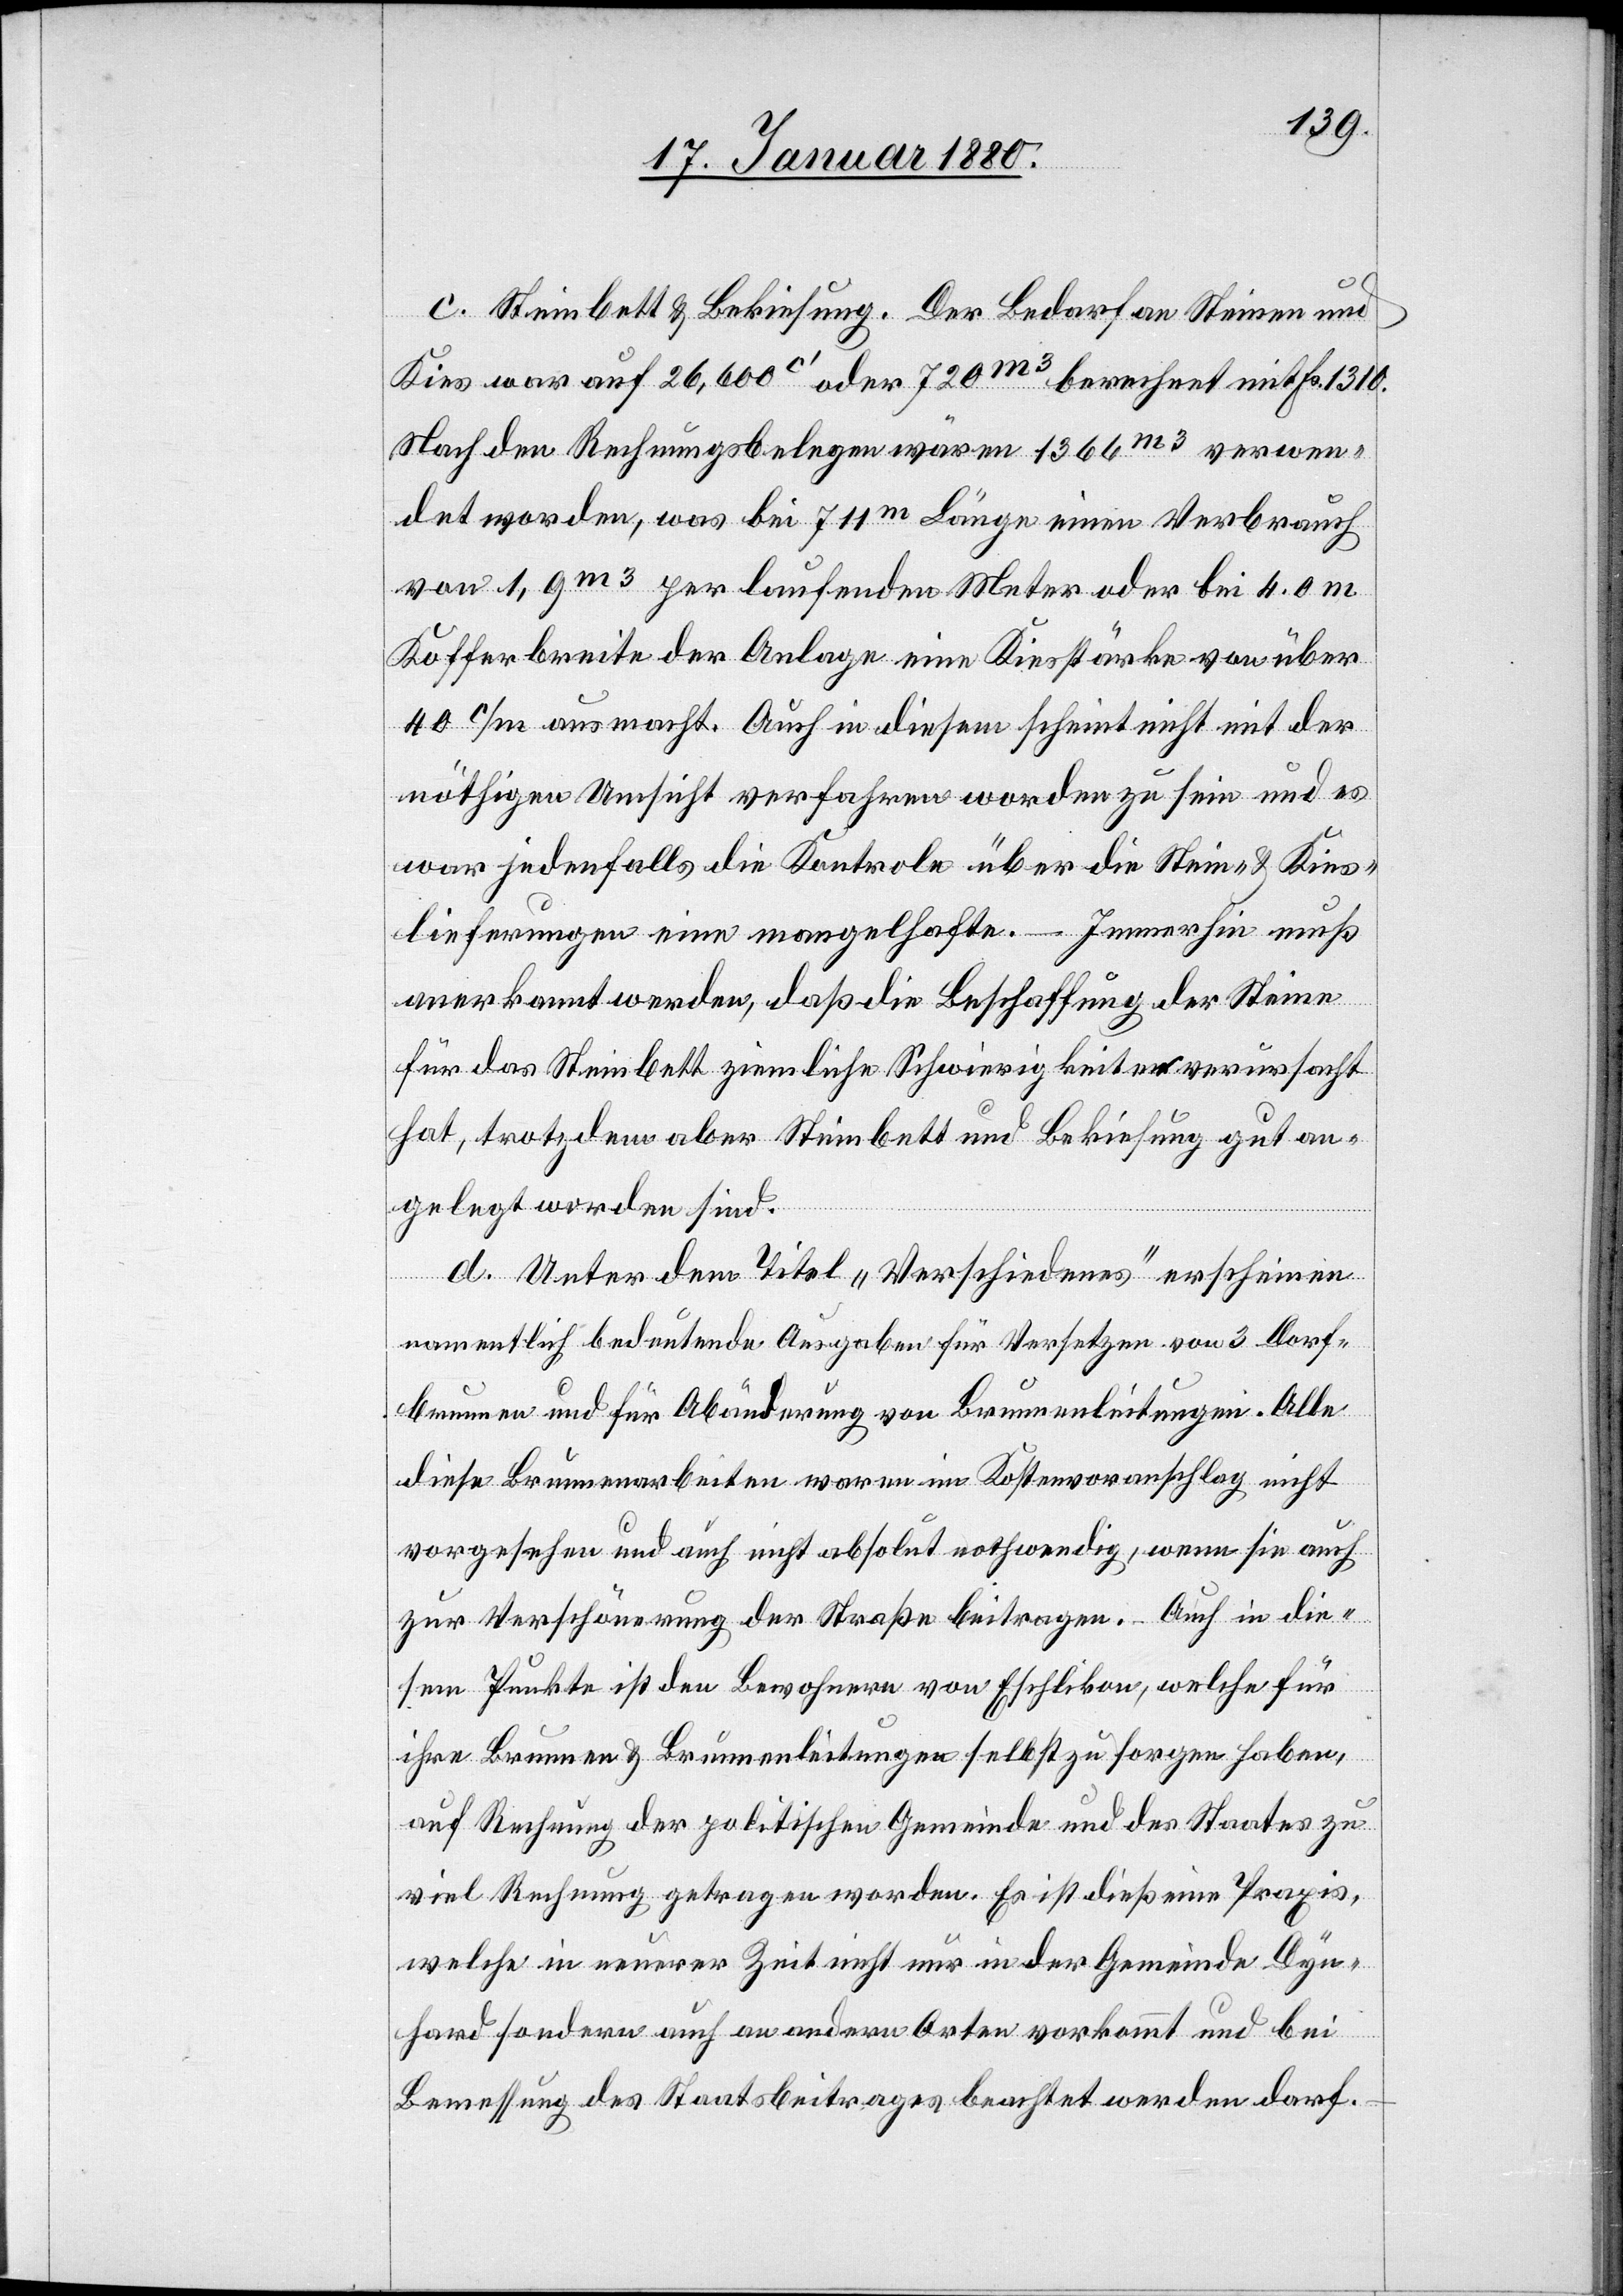
c. Steinbett & Bekiesung. Der Bedarf an Steinen und
Kies war auf 26, 600c‘ oder 720m3 berechnet mit Fr. 1310.
Nach den Rechnungsbelegen wären 1366m3 verwen¬
det worden, was bei 711m Länge einen Verbrauch
von 1,9m3 per laufenden Meter oder bei 4,0m
Kofferbreite der Anlage eine Kiesstärke von über
40c/m ausmacht. Auch in diesem scheint nicht mit der
nöthigen Umsicht verfahren worden zu sein und es
war jedenfalls die Kontrole über die Stein- & Kies¬
lieferungen eine mangelhafte. – Immerhin muß
anerkannt werden, daß die Beschaffung der Steine
für das Steinbett ziemliche Schwierigkeiten verursacht
hat, trotzdem aber Steinbett und Bekiesung gut an¬
gelegt worden sind.
d. Unter dem Titel „Verschiedenes“ erscheinen
namentlich bedeutende Ausgaben für Versetzen von 3 Dorf¬
brunnen und für Abänderung von Brunnenleitungen. Alle
diese Brunnenarbeiten waren im Kostenvoranschlag nicht
vorgesehen auch nicht absolut nothwendig, wenn sie auch
zur Verschönerung der Straße beitragen. – Auch in die¬
sem Punkte ist den Bewohnern von Eschlikon, welche für
ihre Brunnen & Brunnenleitungen selbst zu sorgen haben,
auf Rechnung der politischen Gemeinde und des Staates zu
viel Rechnung getragen worden. Es dieß eine Praxis,
welche in neuerer Zeit nicht nur in der Gemeinde Dyn¬
hard sondern auch an andern Orten vorkommt und bei
Bemessung des Staatsbeitrages beachtet werden darf.